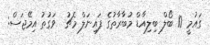
ގައުމީ 10 ބޯލް ބިލިއާޑް މުބާރާތުގެ ފައިނަލް މެޗު  ވަގުތު އިމޭޖަސް: